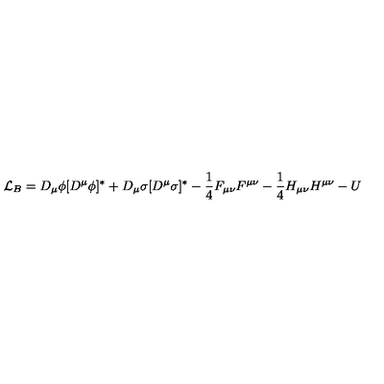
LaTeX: { \cal L } _ { B } = D _ { \mu } \phi [ D ^ { \mu } \phi ] ^ { * } + D _ { \mu } \sigma [ D ^ { \mu } \sigma ] ^ { * } - \frac { 1 } { 4 } F _ { \mu \nu } F ^ { \mu \nu } - \frac { 1 } { 4 } H _ { \mu \nu } H ^ { \mu \nu } - U